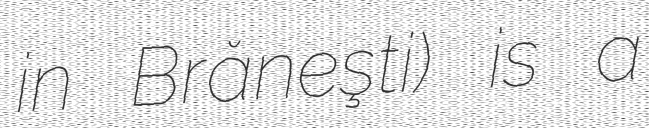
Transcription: in Brăneşti) is a